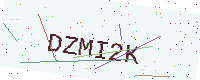
Text: DZMI2K